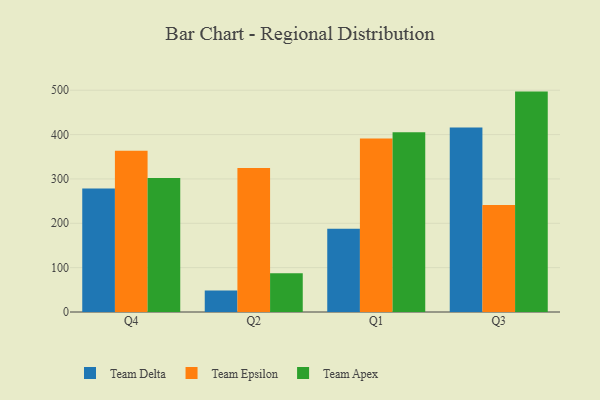
{"axis": {"x": "Quarter", "y": "Active Users"}, "legend": ["Team Apex", "Team Delta", "Team Epsilon"], "data": [{"x": "Q4", "y": 278.4, "type": "Team Delta"}, {"x": "Q4", "y": 363.5, "type": "Team Epsilon"}, {"x": "Q4", "y": 302.2, "type": "Team Apex"}, {"x": "Q2", "y": 48.7, "type": "Team Delta"}, {"x": "Q2", "y": 324.6, "type": "Team Epsilon"}, {"x": "Q2", "y": 87.6, "type": "Team Apex"}, {"x": "Q1", "y": 187.8, "type": "Team Delta"}, {"x": "Q1", "y": 391.2, "type": "Team Epsilon"}, {"x": "Q1", "y": 405.5, "type": "Team Apex"}, {"x": "Q3", "y": 415.8, "type": "Team Delta"}, {"x": "Q3", "y": 241.4, "type": "Team Epsilon"}, {"x": "Q3", "y": 496.9, "type": "Team Apex"}]}